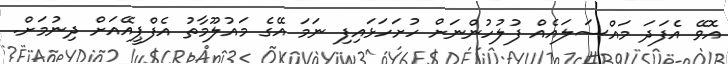
އޮވޭ އެފަދަ މައްސަލައެއް ފުލުހުންނަށް ހުށަހަޅައިފި ނަމަ އޭގެ މައުލޫމާތު އެފްޕީއޭއަށް ދިނުމަށް.